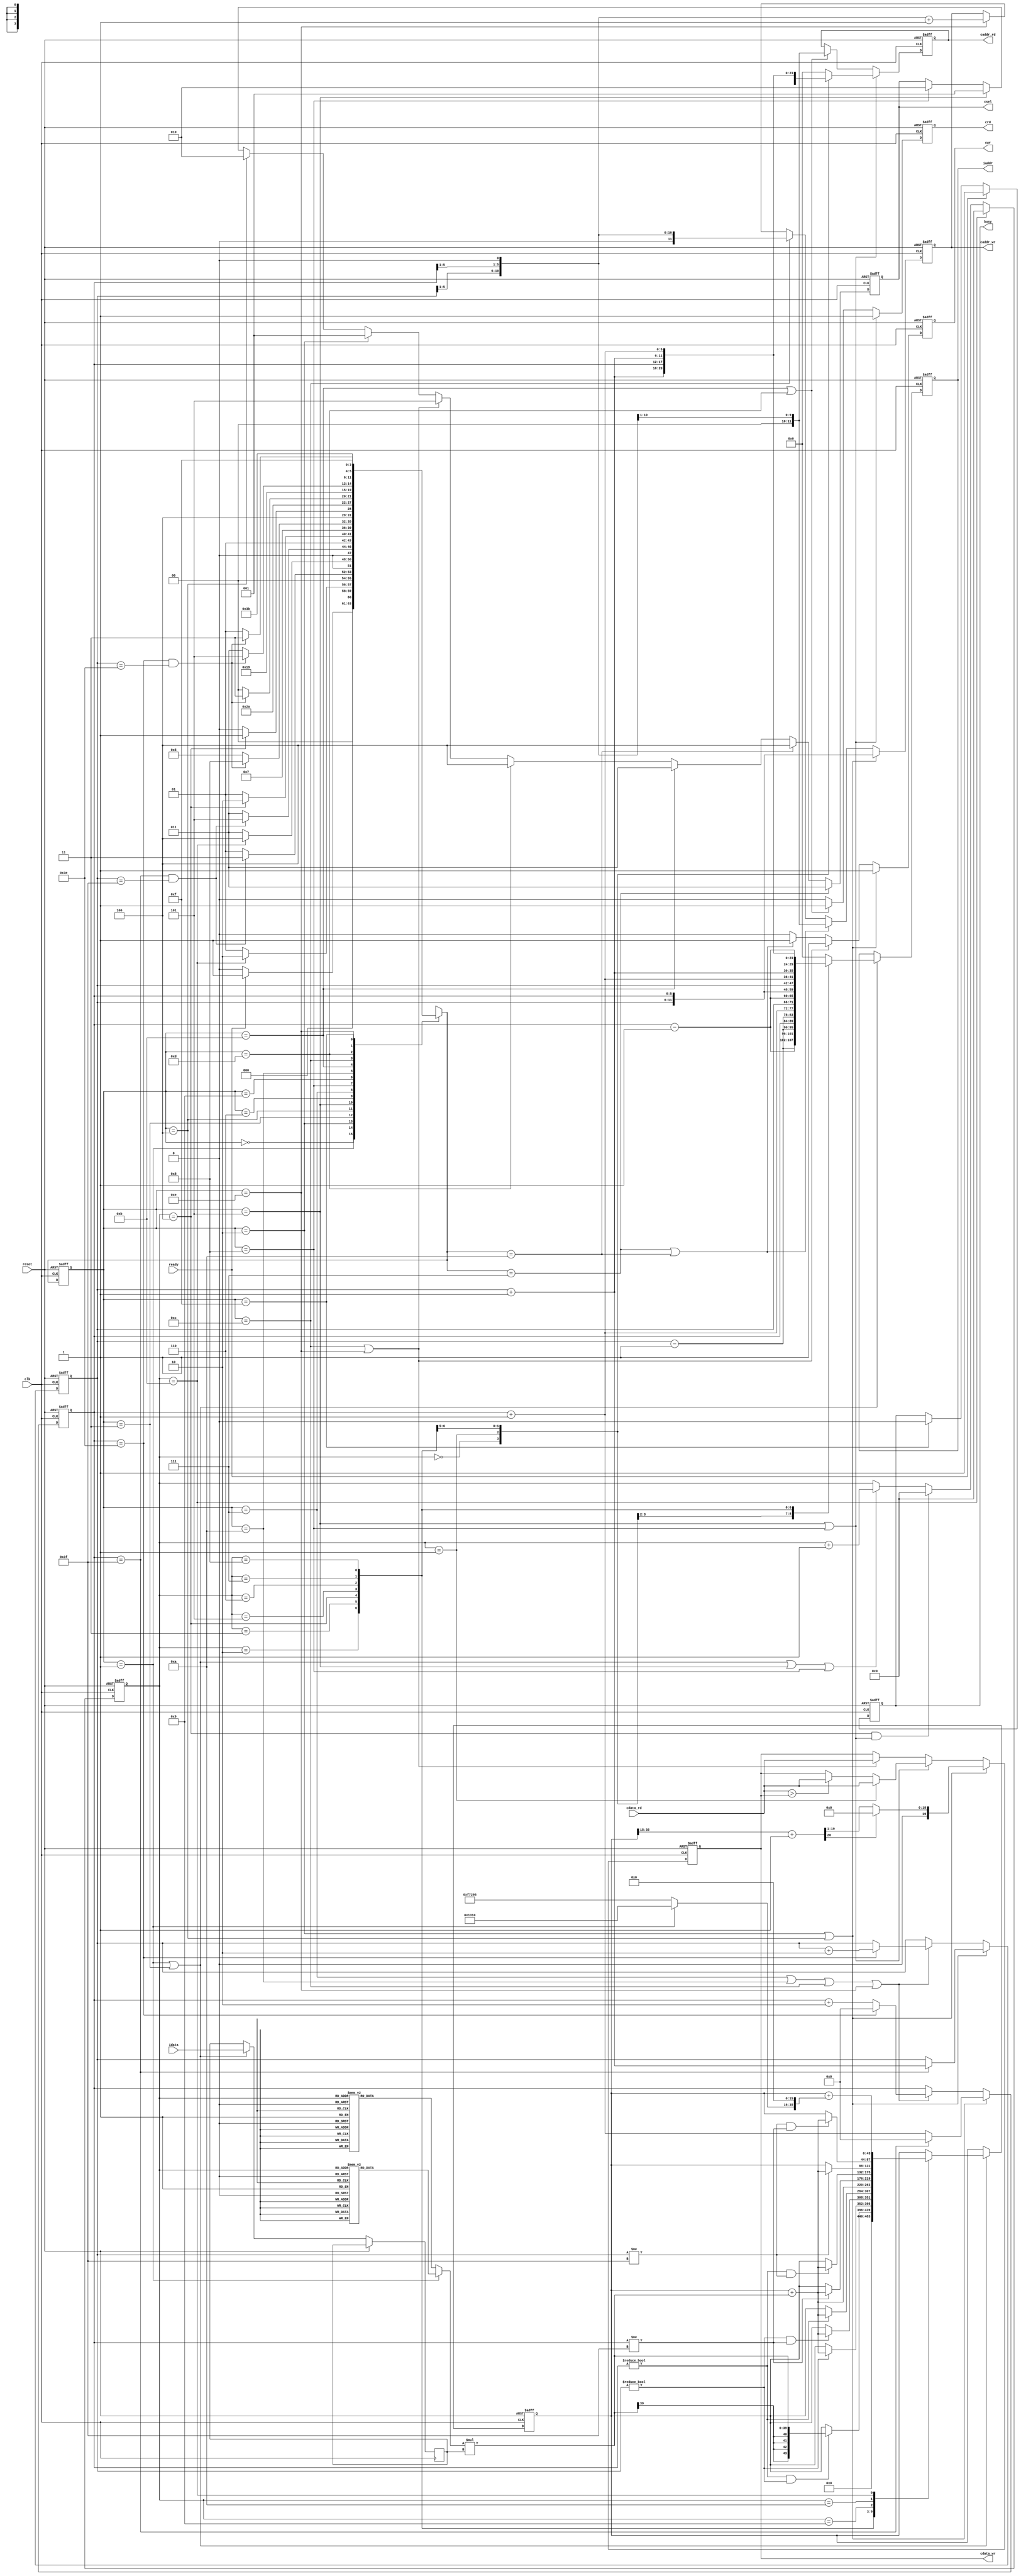
`timescale 1ns/10ps
module  CONV(clk,reset,cdata_rd,ready,idata,iaddr,cwr,caddr_wr,cdata_wr,crd,caddr_rd,busy,csel);

input clk;
input reset;
input [19:0] cdata_rd;
input ready;	
input signed [19:0] idata;	

output reg [11:0] iaddr;	
output reg cwr;
output reg [11:0] caddr_wr;
output reg [19:0] cdata_wr;
output reg crd;
output reg [11:0] caddr_rd;
output reg busy;
output reg [2:0] csel;

reg [3:0] current_State;
reg [3:0] next_State;

reg [3:0] counterRead;
reg [5:0] index_X,index_Y;
wire [5:0] index_X_After,index_X_Before,index_Y_After,index_Y_Before;

reg signed [43:0] convTemp; // 2^20 * 2^20 * 2^4 = 2^44  By the way 2^4 = 9 pixel
wire signed [20:0] roundTemp;
//get the 4 bits int and 17 bits float then add 1 rounding the 17bit
assign roundTemp = convTemp[35:15] + 21'd1; 
reg signed [19:0] kernelTemp;
reg signed [19:0] BiasTemp;



//parameter
parameter IDLE = 4'd0;
parameter READ_CONV = 4'd1;
parameter WRITE_L0 = 4'd2;
parameter READ_CONV_K1 = 4'd3;
parameter WRITE_L0_K1 = 4'd4;
parameter READ_L0 = 4'd5;
parameter MAX_POOLING = 4'd6;
parameter WRITE_L1 = 4'd7;
parameter READ_L0_K1 = 4'd8;
parameter MAX_POOLING_K1 = 4'd9;
parameter WRITE_L1_K1 = 4'd10;
parameter READ_L1_K0 = 4'd11;
parameter WRITE_L2_K0 = 4'd12;
parameter READ_L1_K1 = 4'd13;
parameter WRITE_L2_K1 = 4'd14;
parameter FINISH = 4'd15;

//kernel 0
parameter K0_0 = 20'h0A89E ;
parameter K0_1 = 20'h092D5 ;
parameter K0_2 = 20'h06D43 ;
parameter K0_3 = 20'h01004 ;
parameter K0_4 = 20'hF8F71 ;
parameter K0_5 = 20'hF6E54 ;
parameter K0_6 = 20'hFA6D7 ;
parameter K0_7 = 20'hFC834 ;
parameter K0_8 = 20'hFAC19 ;
parameter Bias_0 = 20'h01310;

//kernel 1
parameter K1_0 = 20'hFDB55 ;
parameter K1_1 = 20'h02992 ;
parameter K1_2 = 20'hFC994 ;
parameter K1_3 = 20'h050FD ;
parameter K1_4 = 20'h02F20 ;
parameter K1_5 = 20'h0202D ;
parameter K1_6 = 20'h03BD7 ;
parameter K1_7 = 20'hFD369 ;
parameter K1_8 = 20'h05E68 ;
parameter Bias_1 = 20'hF7295;

always@(*)
begin
    if(current_State == READ_CONV)
    begin
         case(counterRead)
        4'd2: kernelTemp = K0_0;
        4'd3: kernelTemp = K0_1;
        4'd4: kernelTemp = K0_2;
        4'd5: kernelTemp = K0_3;
        4'd6: kernelTemp = K0_4;
        4'd7: kernelTemp = K0_5;
        4'd8: kernelTemp = K0_6;
        4'd9: kernelTemp = K0_7;
        4'd10: kernelTemp = K0_8;
        default: kernelTemp = 20'd0;
        endcase
        BiasTemp = Bias_0;
    end
    else
    begin
        case(counterRead)
        4'd2: kernelTemp = K1_0;
        4'd3: kernelTemp = K1_1;
        4'd4: kernelTemp = K1_2;
        4'd5: kernelTemp = K1_3;
        4'd6: kernelTemp = K1_4;
        4'd7: kernelTemp = K1_5;
        4'd8: kernelTemp = K1_6;
        4'd9: kernelTemp = K1_7;
        4'd10: kernelTemp = K1_8;
        default: kernelTemp = 20'd0;
        endcase
        BiasTemp = Bias_1;
    end 
end

//index x y
assign index_X_Before = index_X - 6'd1;
assign index_X_After = index_X + 6'd1;
assign index_Y_Before = index_Y - 6'd1;
assign index_Y_After = index_Y + 6'd1;

//x y
always@(posedge clk or posedge reset)
begin
    if(reset) index_X <= 6'd0;
    else if(current_State == WRITE_L0 || current_State == WRITE_L0_K1) 
    begin
        if(index_X == 6'd63) index_X <= 6'd0;
        else index_X <= index_X + 6'd1;
    end
    else if(current_State == WRITE_L1 || current_State == WRITE_L1_K1 || current_State == WRITE_L2_K0 || current_State == WRITE_L2_K1)
    begin
        if(index_X == 6'd62) index_X <= 6'd0;
        else index_X <= index_X + 6'd2;
    end
end

always@(posedge clk or posedge reset)
begin
    if(reset) index_Y <= 6'd0;
    else if(current_State == WRITE_L0 || current_State == WRITE_L0_K1)
    begin
        if(index_X == 6'd63) index_Y <= index_Y + 6'd1;
    end
    else if(current_State == WRITE_L1 || current_State == WRITE_L1_K1 || current_State == WRITE_L2_K0 || current_State == WRITE_L2_K1)
    begin
        if(index_X == 6'd62) index_Y <= index_Y + 6'd2;
    end
end

//state switch
always@(posedge clk or posedge reset)
begin
    if(reset) current_State <= IDLE;
    else current_State <= next_State;
end

//next state logic
always@(*)
begin
    case (current_State)
        IDLE:
            begin
                if(ready == 1'd1) next_State = READ_CONV;
                else next_State = IDLE;
            end
        READ_CONV:
            begin
                if(counterRead == 4'd11) next_State = WRITE_L0;
                else next_State = READ_CONV;
            end
        WRITE_L0:
            begin
                if(index_X == 6'd63 && index_Y == 6'd63) next_State = READ_CONV_K1;
                else next_State = READ_CONV;
            end
        READ_CONV_K1:
            begin
                if(counterRead == 4'd11) next_State = WRITE_L0_K1;
                else next_State = READ_CONV_K1;
            end
        WRITE_L0_K1:
            begin
                if(index_X == 6'd63 && index_Y == 6'd63) next_State = READ_L0;
                else next_State = READ_CONV_K1;
            end
        READ_L0:
            begin
                if(counterRead == 4'd4) next_State = MAX_POOLING;
                else next_State = READ_L0;
            end
        MAX_POOLING: // to delay 1 clk and get max pooling result
            begin
                next_State = WRITE_L1;
            end
        WRITE_L1:
            begin
                if(index_X == 6'd62 && index_Y == 6'd62) next_State = READ_L0_K1;
                else next_State = READ_L0;
            end
        READ_L0_K1:
            begin
                if(counterRead == 4'd4) next_State = MAX_POOLING_K1;
                else next_State = READ_L0_K1;
            end
        MAX_POOLING_K1:
            begin
                next_State = WRITE_L1_K1;
            end
        WRITE_L1_K1:
            begin
                if(index_X == 6'd62 && index_Y == 6'd62) next_State = READ_L1_K0;
                else next_State = READ_L0_K1;
            end
        READ_L1_K0:
            begin
                next_State = WRITE_L2_K0;
            end
        WRITE_L2_K0:
            begin
                if(index_X == 6'd62 && index_Y == 6'd62) next_State = READ_L1_K1;
                else next_State = READ_L1_K0;
            end
        READ_L1_K1:
            begin
                next_State = WRITE_L2_K1;
            end
        WRITE_L2_K1:
            begin
                if(index_X == 6'd62 && index_Y == 6'd62) next_State = FINISH;
                else next_State = READ_L1_K1;
            end
        FINISH: 
            begin
                next_State = FINISH;
            end
        default:
            begin
                next_State = IDLE;
            end 
    endcase    
end

//counter
always@(posedge clk or posedge reset)
begin
    if(reset) counterRead <= 4'd0;
    else if(counterRead == 4'd11) counterRead <= 4'd0;
    else if(counterRead == 4'd4 && (current_State == READ_L0 ||current_State == READ_L0_K1) ) counterRead <= 4'd0;
    else if(current_State == READ_CONV || current_State == READ_CONV_K1 || current_State == READ_L0 || current_State == READ_L0_K1) counterRead <= counterRead + 4'd1;
end

//busy
always@(posedge clk or posedge reset)
begin
    if(reset) busy <= 1'd0;
    else if(ready == 1'd1) busy <= 1'd1;
    else if(current_State == FINISH )busy <= 1'd0;
end

//cwr crd csel
always@(posedge clk or posedge reset)
begin
    if(reset) cwr <= 1'd0;
    else if(current_State == WRITE_L0 || current_State == WRITE_L0_K1) cwr <= 1'd1;
    else if(current_State == WRITE_L2_K0 || current_State == WRITE_L2_K1) cwr <= 1'd1;
    else if(next_State == WRITE_L1 || next_State == WRITE_L1_K1) cwr <= 1'd1;
    else cwr <= 1'd0; //need to modify
end

always@(posedge clk or posedge reset)
begin
    if(reset) crd <= 1'd0;
    else if(current_State == READ_L0 || current_State == READ_L0_K1) crd <= 1'd1;
    else if(current_State == READ_L1_K0 || current_State == READ_L1_K1) crd <= 1'd1;
    else crd<= 1'd0;
end

always@(posedge clk or posedge reset)
begin
    if(reset) csel <=3'd0;
    else if(next_State == WRITE_L1) csel <= 3'b011;
    else if(next_State == WRITE_L1_K1) csel <= 3'b100;
    else if(current_State == READ_L1_K0) csel <= 3'b011;
    else if(current_State == READ_L1_K1) csel <= 3'b100;
    else if(current_State == WRITE_L2_K0 || current_State == WRITE_L2_K1) csel <= 3'b101;
    else if(current_State == WRITE_L0) csel <= 3'b001;
    else if(current_State == WRITE_L0_K1) csel <= 3'b010;
    else if(current_State == READ_L0) csel <= 3'b001; 
    else if(current_State == READ_L0_K1) csel <= 3'b010;
end

//addr
always@(posedge clk or posedge reset)
begin
    if(reset)  iaddr <= 12'd0; 
    else if(current_State == READ_CONV || current_State == READ_CONV_K1)
    begin
        case(counterRead)
        4'd0: iaddr <= {index_Y_Before,index_X_Before};
        4'd1: iaddr <= {index_Y_Before,index_X};
        4'd2: iaddr <= {index_Y_Before,index_X_After};
        4'd3: iaddr <= {index_Y,index_X_Before};
        4'd4: iaddr <= {index_Y,index_X};
        4'd5: iaddr <= {index_Y,index_X_After};
        4'd6: iaddr <= {index_Y_After,index_X_Before};
        4'd7: iaddr <= {index_Y_After,index_X};
        4'd8: iaddr <= {index_Y_After,index_X_After};
        default: iaddr <= 6'd0;
        endcase
    end

    
   
end

always@(posedge clk or posedge reset)
begin
    if(reset) caddr_rd <= 12'd0;
    else if(current_State == READ_L0 || current_State == READ_L0_K1)
    begin
        case(counterRead)
        4'd0: caddr_rd <= {index_Y,index_X};
        4'd1: caddr_rd <= {index_Y,index_X_After};
        4'd2: caddr_rd <= {index_Y_After,index_X};
        4'd3: caddr_rd <= {index_Y_After,index_X_After};
        default: caddr_rd <= 6'd0;
        endcase
    end
    else if(current_State == READ_L1_K0 || current_State == READ_L1_K1) caddr_rd <= {index_Y[5:1],index_X[5:1]};

end

always@(posedge clk or posedge reset)
begin
    if(reset) caddr_wr <= 12'd0;
    else if(current_State == WRITE_L0 || current_State == WRITE_L0_K1) caddr_wr <= {index_Y,index_X};
    else if(next_State == WRITE_L1 || next_State == WRITE_L1_K1) caddr_wr <= {index_Y[5:1],index_X[5:1]};
    else if(current_State == WRITE_L2_K0) caddr_wr <= ({index_Y[5:1],index_X[5:1]}<<1'd1) ;
    else if(current_State == WRITE_L2_K1) caddr_wr <= ({index_Y[5:1],index_X[5:1]}<<1'd1) +1'd1;
end

//cdata_wr
always@(posedge clk or posedge reset)
begin
    if(reset) cdata_wr <= 20'd0;
    else if(current_State == WRITE_L0 || current_State == WRITE_L0_K1)
    begin
        if(roundTemp[20]) cdata_wr <= 20'd0;
        else cdata_wr <= roundTemp[20:1];
    end
    else if(current_State == READ_L0 || current_State == READ_L0_K1)
    begin
        if(counterRead == 4'd1) cdata_wr <= cdata_rd;
        else 
        begin
            if(cdata_rd > cdata_wr) cdata_wr <= cdata_rd;
            else cdata_wr <= cdata_wr;
        end
    end
    else if(current_State == WRITE_L2_K0 || current_State == WRITE_L2_K1)
    begin
        cdata_wr <= cdata_rd;
    end
end

reg signed [19:0] idataTemp;
wire signed [43:0] mulTemp;
assign mulTemp = kernelTemp * idataTemp;
//conv && bias
always@(posedge clk or posedge reset)
begin
    if(reset) convTemp <= 44'd0; 
    else if(current_State == READ_CONV || current_State == READ_CONV_K1)
    begin
        idataTemp <= idata;
        case(counterRead)
        
        4'd0:   convTemp <= 44'd0;
        4'd2:   if(index_X != 6'd0 && index_Y != 6'd0)  convTemp <= mulTemp;
        4'd3:   if(index_Y != 6'd0) convTemp <= convTemp + mulTemp;
        4'd4:   if(index_Y != 6'd0 && index_X != 6'd63) convTemp <= convTemp + mulTemp;
        4'd5:   if(index_X != 6'd0) convTemp <= convTemp + mulTemp;
        4'd6:   convTemp <= convTemp + mulTemp;
        4'd7:   if(index_X != 6'd63) convTemp <= convTemp + mulTemp;
        4'd8:   if(index_X != 6'd0 && index_Y != 6'd63) convTemp <= convTemp + mulTemp;
        4'd9:   if(index_Y != 6'd63) convTemp <= convTemp + mulTemp;
        4'd10:   if(index_Y != 6'd63 && index_X != 6'd63) convTemp <= convTemp + mulTemp;
        4'd11:  convTemp <= convTemp + {BiasTemp,16'd0};

        endcase
    end
end

endmodule